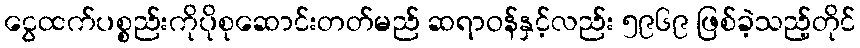
ငွေထက်ပစ္စည်းကိုပိုစုဆောင်းတတ်မည် ဆရာဝန်နှင့်လည်း ၅၉၆၉ ဖြစ်ခဲ့သည့်တိုင်